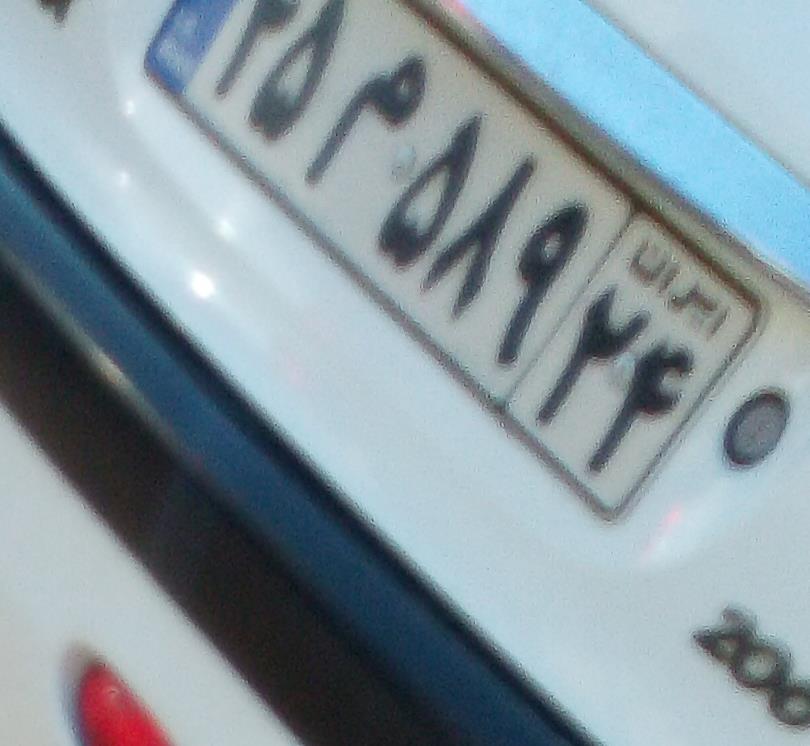
۱۵م۵۸۹۲۴